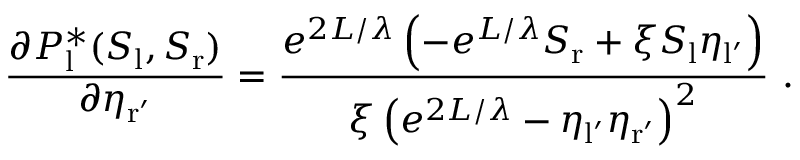
\frac { \partial P _ { \mathrm { l } } ^ { * } ( S _ { \mathrm { l } } , S _ { \mathrm { r } } ) } { \partial \eta _ { \mathrm { r ^ { \prime } } } } = \frac { e ^ { 2 L / \lambda } \left( - e ^ { L / \lambda } S _ { \mathrm { r } } + \xi S _ { \mathrm { l } } \eta _ { \mathrm { l ^ { \prime } } } \right) } { \xi \left( e ^ { 2 L / \lambda } - \eta _ { \mathrm { l ^ { \prime } } } \eta _ { \mathrm { r ^ { \prime } } } \right) ^ { 2 } } \ .